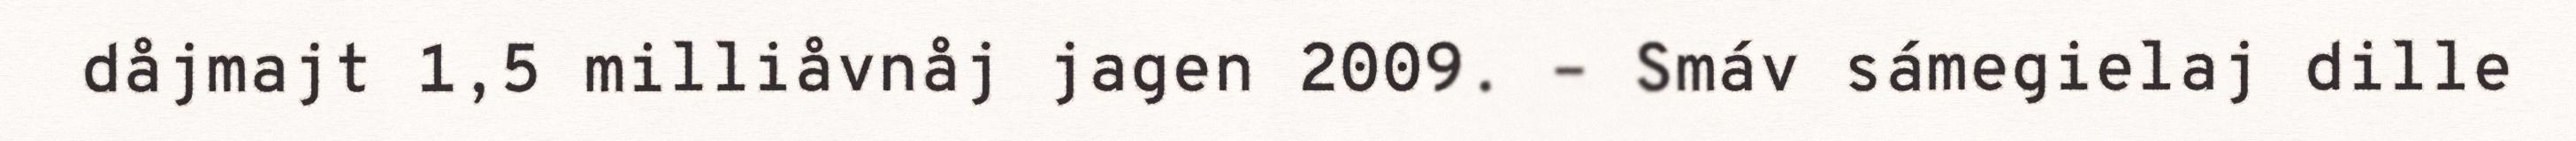
dåjmajt 1,5 milliåvnåj jagen 2009. – Smáv sámegielaj dille